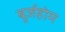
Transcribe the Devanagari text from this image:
बुर्जहोम